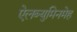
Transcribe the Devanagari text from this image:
ऐलब्युमिनमेह